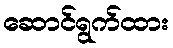
ဆောင်ရွက်ထား